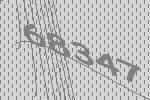
68347